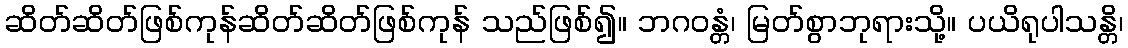
ဆိတ်ဆိတ်ဖြစ်ကုန်ဆိတ်ဆိတ်ဖြစ်ကုန် သည်ဖြစ်၍။ ဘဂဝန္တံ၊ မြတ်စွာဘုရားသို့။ ပယိရုပါသန္တိ၊